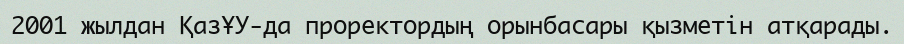
2001 жылдан ҚазҰУ-да проректордың орынбасары қызметін атқарады.